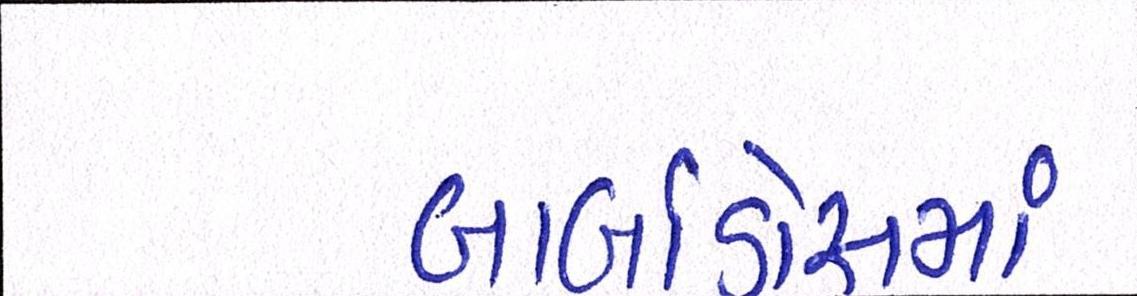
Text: બાર્બાડોસમાં